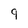
Character: 9